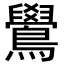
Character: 鷽